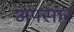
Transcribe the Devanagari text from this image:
अपसार